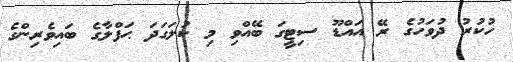
ހުކުރު ދުވަހުގެ ރޭ އައްޑޫ ސިޓީގަ ބޭއްވި މި ކުލަގަދަ ޙަފްލާގެ ބައިވެރިންގެ